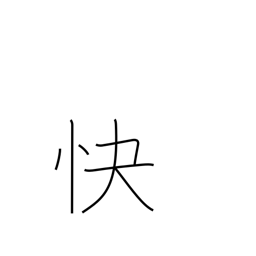
Meaning: cheerful